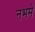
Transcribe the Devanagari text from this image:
नभमे